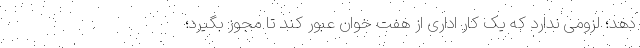
دهد؛ لزومی ندارد که یک کار اداری از هفت خوان عبور کند تا مجوز بگیرد؛